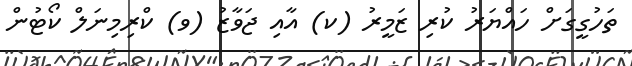
ތަހުގީގަށް ހައްޔަރު ކުރި ޒަމީރު (ކ) އާއި ޖަވާޒު (ވ) ކްރިމިނަލް ކޯޓުން